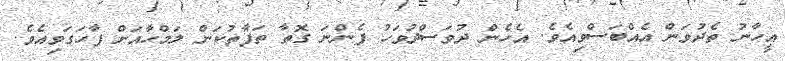
އީހާނު ތެދުވަން އެއްބަސްވިއެވެ. އެހެން ދުވަސްދުވަހު ފެންނަ ގޮތާ ތަފާތުކަން ލަމްހާއަށް ފާހަގަވިއެވެ.